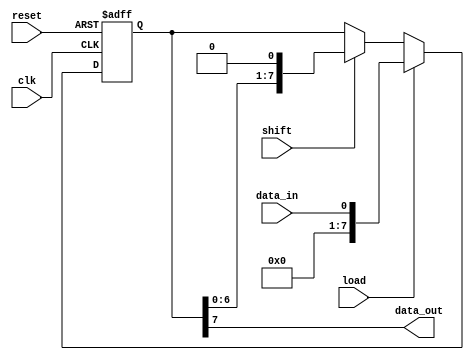
module piso_shift_register
(
  input wire clk, // Clock input
  input wire reset, // Reset input
  input wire load, // Load input
  input wire shift, // Shift input
  input wire data_in, // Parallel data input
  output reg data_out // Serial data output
);

reg [7:0] reg_data; // Data register

always @(posedge clk or posedge reset)
begin
  if (reset)
    reg_data <= 8'b0; // Reset the register to all zeros
  else if (load)
    reg_data <= data_in; // Load data into the register
  else if (shift)
    reg_data <= {reg_data[6:0], 1'b0}; // Shift data through the register
end

assign data_out = reg_data[7]; // Output the MSB of the register

endmodule